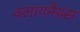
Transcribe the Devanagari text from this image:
क्लायमैक्स